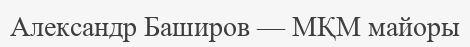
Александр Баширов — МҚМ майоры